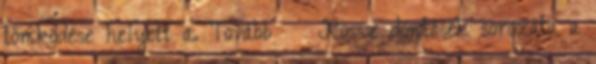
tömködése helyett a. Tovább › ›Rossz döntések sorozata a